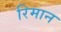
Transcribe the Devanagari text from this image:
रिमान